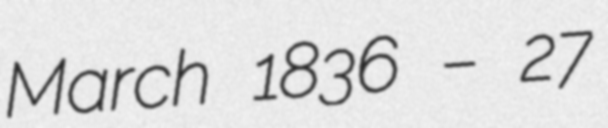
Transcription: March 1836 – 27